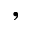
,